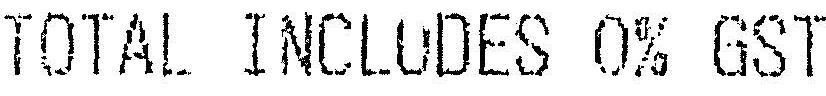
TOTAL INCLUDES 0% GST